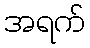
အရက်